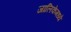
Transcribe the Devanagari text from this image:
जालिकेमध्ये